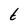
Character: t